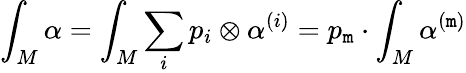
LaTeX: \int_{M}\alpha=\int_{M}\sum_{i}p_{i}\otimes\alpha^{(i)}=p_{\mathtt{m}}\cdot\int_{M}\alpha^{(\mathtt{m})}